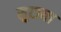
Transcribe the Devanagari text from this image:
सुटाया